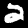
Digit: 2